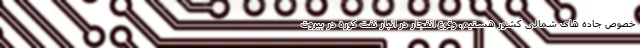
خصوص جاده های شمالی کشور هستیم. وقوع انفجار در انبار نفت کوره در بیروت